Leaving Certificate Examination (including Day School Certificate (Higher) General paper), 1936
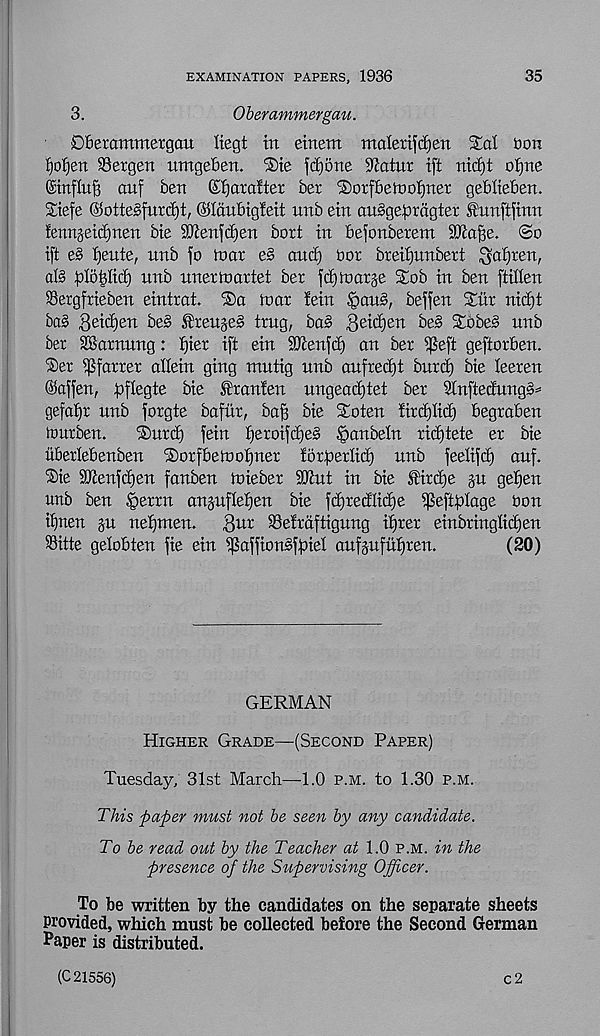
EXAMINATION PAPERS, 1936
35
3.
Oberammergau.
06etammetgau liegt in etnem malextfdjen Sal Don
I)ol)en SSergen umgeBen. Ste fd)5ne S'Jatnr tft ntcfjt ofjne
©influx auf ben Kljaraiter ber Sorfbetoo^ner geblteben.
Siefe @ottesfurd)t, ©Idubigleit nnb ein an§geprdgter £unftfinn
lenngeidjnen bie 33ien|c^en bort in befonberem SJiaf^e. So
ift e§ f)ente, unb fo toar e§ and) bor breiljitnbert ^afjren,
ate plotted) nnb unertoariet ber id) loathe Sob in ben ftillen
Sergfrieben eintrat. Sa roar !ein §aite, beffen Siir nid)t
ba§ 3eid)en be§ treu§e§ trng, ba§ geidjen be§ Sobes unb
ber 2®arming: fjier ift ein SQcenfd) an ber ^eft geftorben.
Ser ^farrer allein ging mntig nnb aufredd bnrd) bie leeren
©affen, ^flegte bie franten ungeadjtet ber 9lnftedung§*
gefatjr unb forgte bafiir, baf3 bie Soten fird)Iid) begraben
lourben.
Surd) fein ^eroifd)e§ ©anbeln ridjtete er bie
itberlebenben Sorfbemoaner for^erlid) unb feelifd) auf.
Sie 9Jtenfd)en fanben loieber 90tut in bie fird)e 311 get)en
unb ben §errn anjufletjen bie fd)redlid)e ^eftfitage bon
tf)nen gn nelfmen.
Bur 93elrdftigung if)rer einbringlid)en
Sitte gelobten fie ein ^jSaffioitefbiel aufgnfu^ren.
(20)
GERMAN
Higher Grade—(Second Paper)
Tuesday, 31st March—-1.0 p.m. to 1.30 p.m.
This paper must not be seen by any candidate.
To be read out by the Teacher at 1.0 p.m. in the
presence of the Supervising Officer.
To be written by the candidates on the separate sheets
Provided, which must be collected before the Second German
Paper is distributed.
(C 21556)
C 2